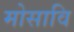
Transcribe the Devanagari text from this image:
मोसावि